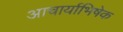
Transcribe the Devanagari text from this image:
आचार्याभिषेक